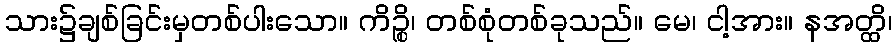
သား၌ချစ်ခြင်းမှတစ်ပါးသော။ ကိဉ္စိ၊ တစ်စုံတစ်ခုသည်။ မေ၊ ငါ့အား။ နအတ္ထိ၊